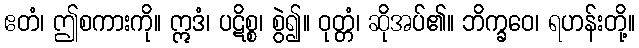
ဧတံ၊ ဤစကားကို။ ဣဒံ၊ ပဋိစ္စ၊ စွဲ၍။ ဝုတ္တံ၊ ဆိုအပ်၏။ ဘိက္ခဝေ၊ ရဟန်းတို့။